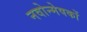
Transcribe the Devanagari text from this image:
नवोन्मेषकों